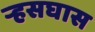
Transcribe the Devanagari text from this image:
र्‍हसघास